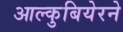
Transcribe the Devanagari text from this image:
आल्कुबियेरने